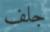
جلف